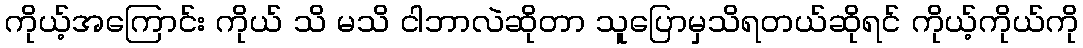
ကိုယ့်အကြောင်း ကိုယ် သိ မသိ ငါဘာလဲဆိုတာ သူပြောမှသိရတယ်ဆိုရင် ကိုယ့်ကိုယ်ကို